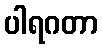
ပါရဂတာ